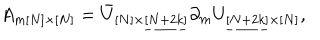
LaTeX: A _ { m [ N ] \times [ N ] } = \bar { U } _ { [ N ] \times \underline { { { [ N + 2 k ] } } } } \partial _ { m } U _ { \underline { { { [ N + 2 k ] } } } \times [ N ] } ,